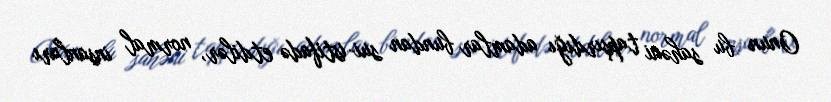
Onun bu sahəni tapşırdığı adamlar bundan sui-istifadə etdilər, normal insanları